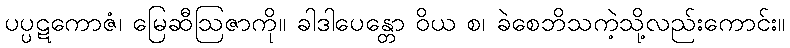
ပပ္ပဋကောဇံ၊ မြေဆီဩဇာကို။ ခါဒါပေန္တော ဝိယ စ၊ ခဲစေဘိသကဲ့သို့လည်းကောင်း။